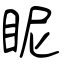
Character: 眤